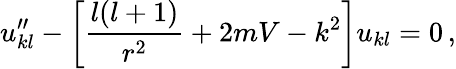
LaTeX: u_{kl}^{\prime\prime}-\bigg\lbrack\frac{l(l+1)}{r^{2}}+2mV-k^{2}\bigg\rbrack u_{kl}=0\, ,